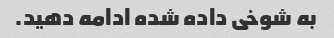
به شوخی داده شده ادامه دهید.